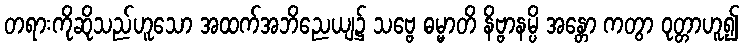
တရားကိုဆိုသည်ဟူသော အထက်အဘိညေယျ၌ သဗ္ဗေ ဓမ္မာတိ နိဗ္ဗာနမ္ပိ အန္တော ကတွာ ဝုတ္တာဟူ၍